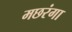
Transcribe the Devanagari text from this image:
मछरंगा